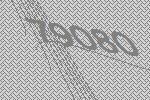
79080